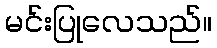
မင်းပြုလေသည်။